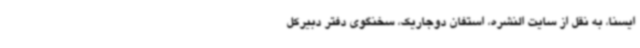
ایسنا، به نقل از سایت النشره، استفان دوجاریک، سخنگوی دفتر دبیرکل